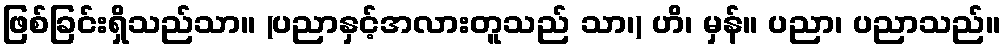
ဖြစ်ခြင်းရှိသည်သာ။ (ပညာနှင့်အလားတူသည် သာ၊) ဟိ၊ မှန်။ ပညာ၊ ပညာသည်။